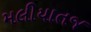
મલીયાતજ